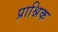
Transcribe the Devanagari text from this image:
प्राश्निक